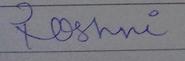
Signature authenticity: forged